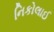
નિકોલાઈ